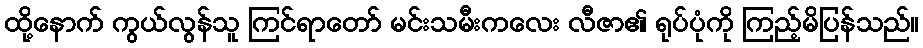
ထို့နောက် ကွယ်လွန်သူ ကြင်ရာတော် မင်းသမီးကလေး လီဇာ၏ ရုပ်ပုံကို ကြည့်မိပြန်သည်။